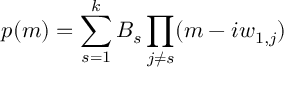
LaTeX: p ( m ) = \sum _ { s = 1 } ^ { k } B _ { s } \prod _ { j \ne s } ( m - i w _ { 1 , j } )